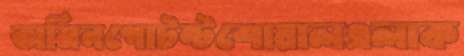
অমিনপোটন্টশোয়ালএলাক